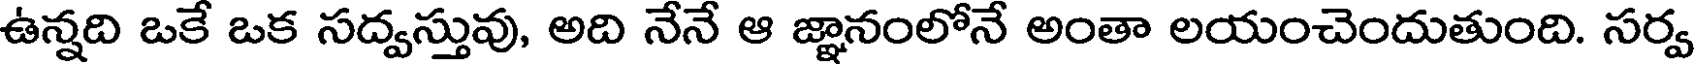
ఉన్నది ఒకే ఒక సద్వస్తువు, అది నేనే ఆ జ్ఞానంలోనే అంతా లయంచెందుతుంది. సర్వ